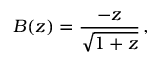
B ( z ) = { \frac { - z } { \sqrt { 1 + z } } } \, ,